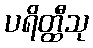
ပရိတ္ထီသု